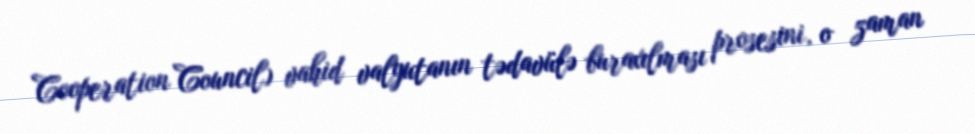
Cooperation Council) vahid valyutanın tədavülə buraxılması prosesini, o zaman